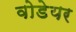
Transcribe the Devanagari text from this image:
वोडेयर